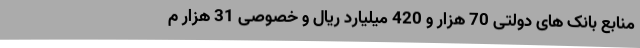
منابع بانک های دولتی 70 هزار و 420 میلیارد ریال و خصوصی 31 هزار م